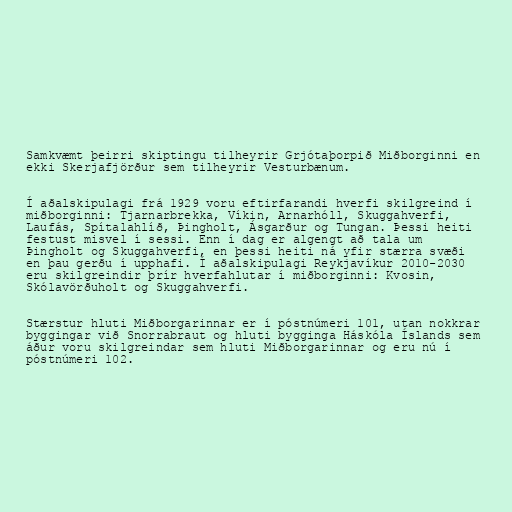
Samkvæmt þeirri skiptingu tilheyrir Grjótaþorpið Miðborginni en
ekki Skerjafjörður sem tilheyrir Vesturbænum.

Í aðalskipulagi frá 1929 voru eftirfarandi hverfi skilgreind í
miðborginni: Tjarnarbrekka, Víkin, Arnarhóll, Skuggahverfi,
Laufás, Spítalahlíð, Þingholt, Ásgarður og Tungan. Þessi heiti
festust misvel í sessi. Enn í dag er algengt að tala um
Þingholt og Skuggahverfi, en þessi heiti ná yfir stærra svæði
en þau gerðu í upphafi. Í aðalskipulagi Reykjavíkur 2010-2030
eru skilgreindir þrír hverfahlutar í miðborginni: Kvosin,
Skólavörðuholt og Skuggahverfi.

Stærstur hluti Miðborgarinnar er í póstnúmeri 101, utan nokkrar
byggingar við Snorrabraut og hluti bygginga Háskóla Íslands sem
áður voru skilgreindar sem hluti Miðborgarinnar og eru nú í
póstnúmeri 102.